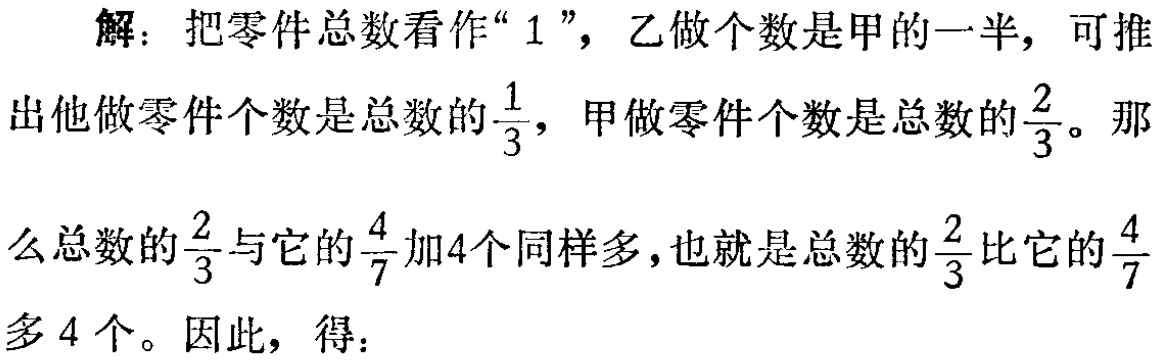
解：把零件总数看作“\(1\)”，乙做个数是甲的一半，可推出他做零件个数是总数的\(\frac{1}{3}\)，甲做零件个数是总数的\(\frac{2}{3}\)。那么总数的\(\frac{2}{3}\)与它的\(\frac{4}{7}\)加\(4\)个同样多，也就是总数的\(\frac{2}{3}\)比它的\(\frac{4}{7}\)多\(4\)个。因此，得：